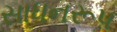
સાધનરૂપ